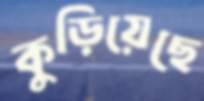
কুড়িয়েছে